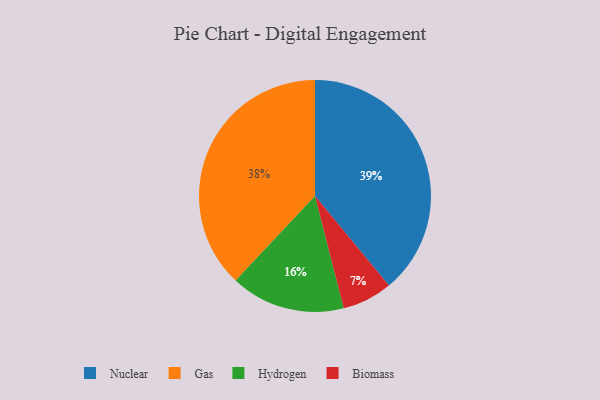
{"axis": {"x": "Category", "y": "Percentage"}, "legend": ["Biomass", "Gas", "Hydrogen", "Nuclear"], "data": [{"x": "Biomass", "y": 7, "type": "Biomass"}, {"x": "Gas", "y": 38, "type": "Gas"}, {"x": "Nuclear", "y": 39, "type": "Nuclear"}, {"x": "Hydrogen", "y": 16, "type": "Hydrogen"}]}